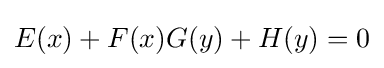
E(x)+F(x)G(y)+H(y)=0